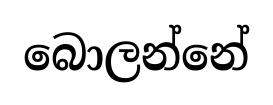
බොලන්නේ